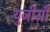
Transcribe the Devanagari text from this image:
यु़जीसी